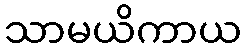
သာမယိကာယ